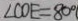
\angle C O E = 8 0 ^ { \circ }